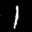
Label: 1